Scientific memoirs by medical officers of the Army of India - Part XI,
Year: 1898
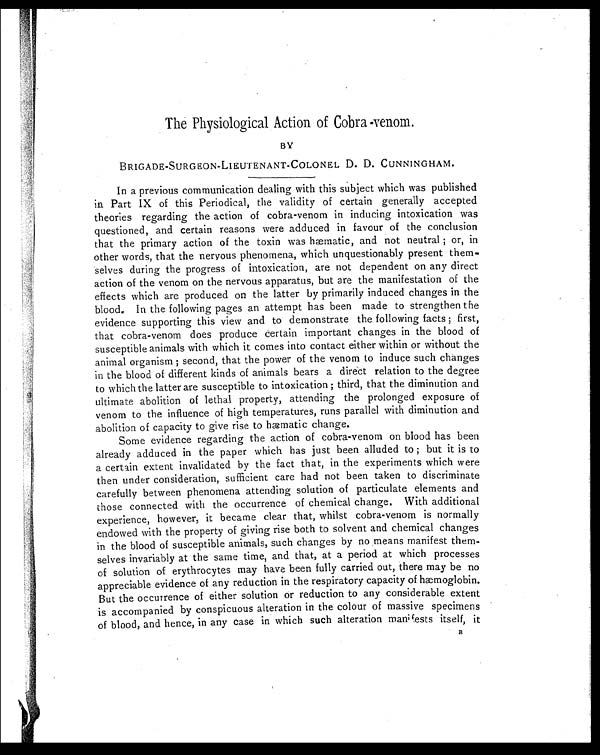
The Physiological Action of Cobra-venom.
BY
BRIGADE-SURGEON-LIEUTENANT-COLONEL D. D. CUNNINGHAM.
In a previous communication dealing with this subject which was published
in Part IX of this Periodical, the validity of certain generally accepted
theories regarding the action of cobra-venom in inducing intoxication was
questioned, and certain reasons were adduced in favour of the conclusion
that the primary action of the toxin was hæmatic, and not neutral ; or, in
other words, that the nervous phenomena, which unquestionably present them-
selves during the progress of intoxication, are not dependent on any direct
action of the venom on the nervous apparatus, but are the manifestation of the
effects which are produced on the latter by primarily induced changes in the
blood. In the following pages an attempt has been made to strengthen the
evidence supporting this view and to demonstrate the following facts ; first,
that cobra-venom does produce certain important changes in the blood of
susceptible animals with which it comes into contact either within or without the
animal organism ; second, that the power of the venom to induce such changes
in the blood of different kinds of animals bears a direct relation to the degree
to which the latter are susceptible to intoxication ; third, that the diminution and
ultimate abolition of lethal property, attending the prolonged exposure of
venom to the influence of high temperatures, runs parallel with diminution and
abolition of capacity to give rise to hæmatic change.
Some evidence regarding the action of cobra-venom on blood has been
already adduced in the paper which has just been alluded to ; but it is to
a certain extent invalidated by the fact that, in the experiments which were
then under consideration, sufficient care had not been taken to discriminate
carefully between phenomena attending solution of particulate elements and
those connected with the occurrence of chemical change. With additional
experience, however, it became clear that, whilst cobra-venom is normally
endowed with the property of giving rise both to solvent and chemical changes
in the blood of susceptible animals, such changes by no means manifest them-
selves invariably at the same time, and that, at a period at which processes
of solution of erythrocytes may have been fully carried out, there may be no
appreciable evidence of any reduction in the respiratory capacity of hæmoglobin.
But the occurrence of either solution or reduction to any considerable extent
is accompanied by conspicuous alteration in the colour of massive specimens
of blood, and hence, in any case in which such alteration manifests itself, it
B